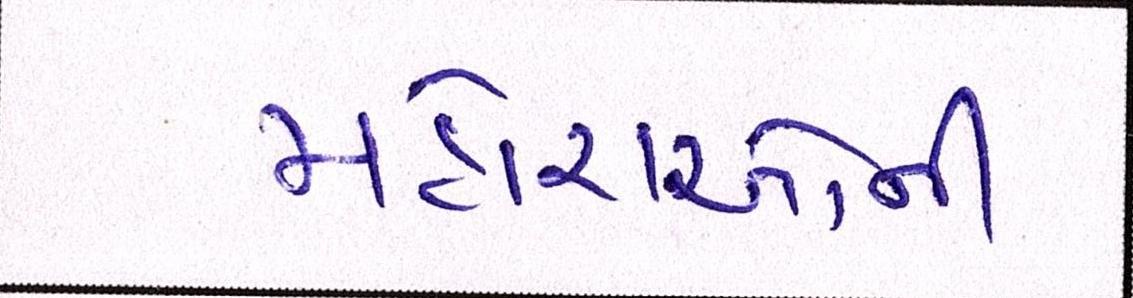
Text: મહોરાઓની